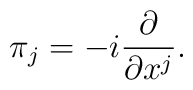
\pi_j = -i {\partial\over \partial x^j}.